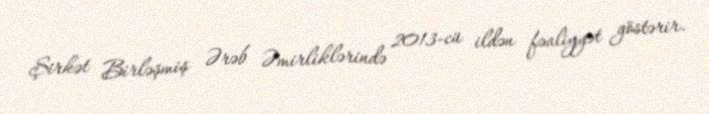
Şirkət Birləşmiş Ərəb Əmirliklərində 2013-cü ildən fəaliyyət göstərir.